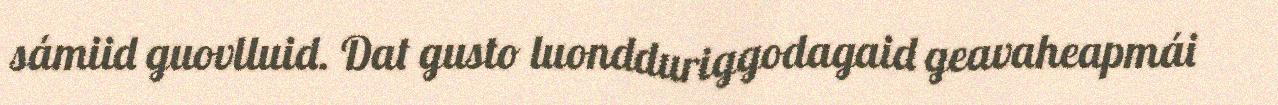
sámiid guovlluid. Dat gusto luondduriggodagaid geavaheapmái